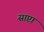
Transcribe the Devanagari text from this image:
साप्टा